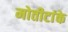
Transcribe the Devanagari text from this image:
मोतीटांके